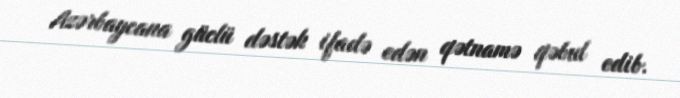
Azərbaycana güclü dəstək ifadə edən qətnamə qəbul edib.